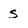
Character: s